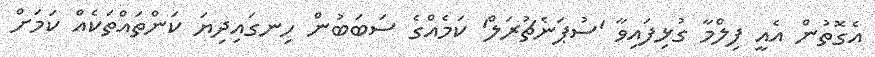
އެގޮތުން އެއީ ފިލްމާ ގުޅިފައިވާ 'ސުޕަނެޗުރަލް' ކަމެއްގެ ސަބަބުން ހިނގައިދިޔަ ކަންތައްތަކެއް ކަމަށް